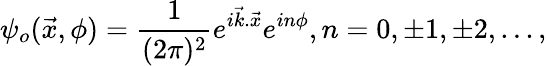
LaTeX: \psi_{o}(\vec{x},\phi)=\frac{1}{(2\pi)^{2}}e^{i\vec{k}.\vec{x}}e^{in\phi},n=0,\pm 1,\pm 2,...,